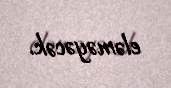
eləməyəcək.